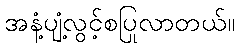
အနံ့ပျံ့လွင့်စပြုလာတယ်။